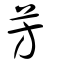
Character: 芳